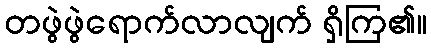
တဖွဲဖွဲရောက်လာလျက် ရှိကြ၏။